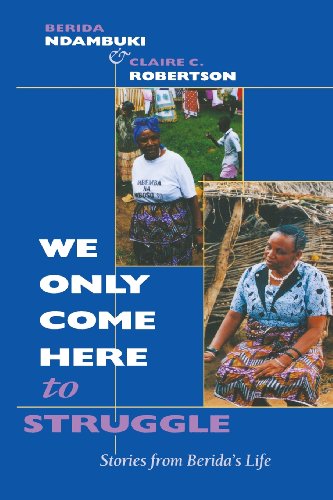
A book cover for "We Only Come Here to Struggle": Stories from Berida's Life; Berida Ndambuki; History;